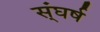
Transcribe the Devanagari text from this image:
स्ंघर्ष